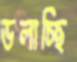
ডলাচ্ছি